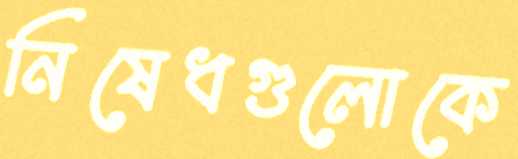
নিষেধগুলোকে